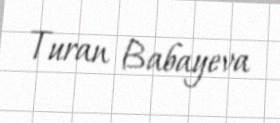
Turan Babayeva